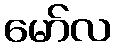
မော်လ